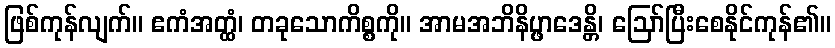
ဖြစ်ကုန်လျက်။ ဧကံအတ္ထံ၊ တခုသောကိစ္စကို။ အာမအဘိနိပ္ဖာဒေန္တိ၊ ဩော်ပြီးစေနိုင်ကုန်၏။